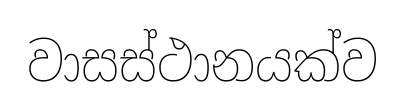
වාසස්ථානයක්ව